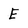
Character: E